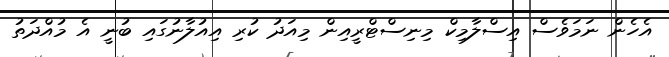
އެހެން ނަމަވެސް އިސްލާމިކް މިނިސްޓްރީއިން މިއަދު ކުރި އިއުލާނުގައި ބުނީ އެ މުއްދަތު